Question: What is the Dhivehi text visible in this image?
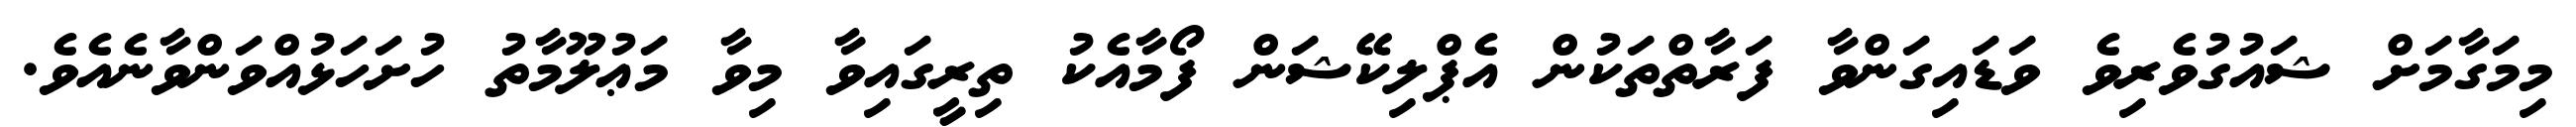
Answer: މިމަގާމަށް ޝައުގުވެރިވެ ވަޑައިގަންވާ ފަރާތްތަކުން އެޕްލިކޭޝަން ފޯމާއެކު ތިރީގައިވާ މިވާ މަޢުލޫމާތު ހުށަހަޅުއްވަންވާނެއެވެ.